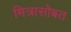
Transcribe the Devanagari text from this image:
मित्रासोबत